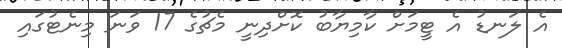
އެ ލަނޑު އެ ޓީމަށް ކާމިޔާބު ކޮށްދިނީ މެޗުގެ 17 ވަނަ މިނެޓުގައި